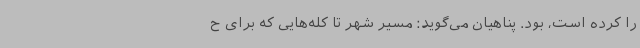
را کرده است، بود. پناهیان می‌گوید: مسیر شهر تا کله‌هایی که برای ح